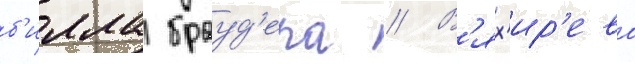
б'илла брауд'ера // В'ях'ир'ева